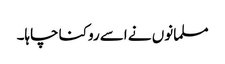
مسلمانوں نے اسے روکنا چاہا۔